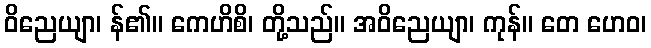
ဝိညေယျာ၊ န်၏။ ကေဟိစိ၊ တို့သည်။ အဝိညေယျာ၊ ကုန်။ တေ ဟေဝ၊